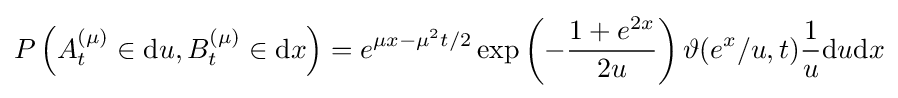
P\left(A_{t}^{(\mu )}\in \mathrm {d} u,B_{t}^{(\mu )}\in \mathrm {d} x\right)=e^{\mu x-\mu ^{2}t/2}\exp \left(-{\frac {1+e^{2x}}{2u}}\right)\vartheta (e^{x}/u,t){\frac {1}{u}}\mathrm {d} u\mathrm {d} x